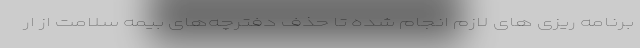
برنامه ریزی های لازم انجام شده تا حذف دفترچه‌های بیمه سلامت از ار